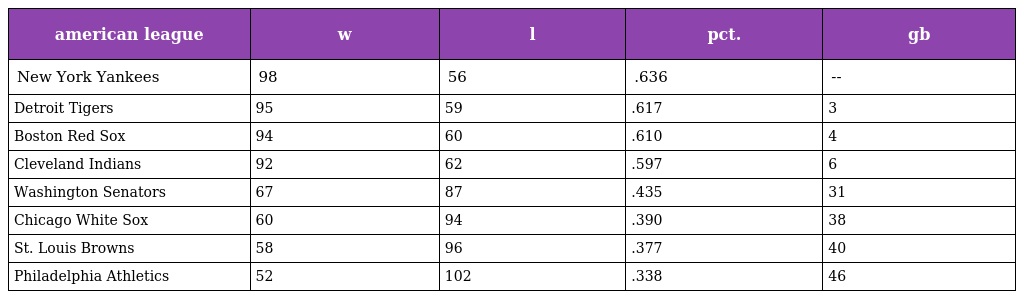
| american league | w | l | pct. | gb |
 | --- | --- | --- | --- | --- |
 | New York Yankees | 98 | 56 | .636 | -- |
 | Detroit Tigers | 95 | 59 | .617 | 3 |
 | Boston Red Sox | 94 | 60 | .610 | 4 |
 | Cleveland Indians | 92 | 62 | .597 | 6 |
 | Washington Senators | 67 | 87 | .435 | 31 |
 | Chicago White Sox | 60 | 94 | .390 | 38 |
 | St. Louis Browns | 58 | 96 | .377 | 40 |
 | Philadelphia Athletics | 52 | 102 | .338 | 46 |